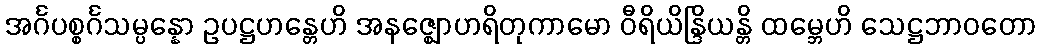
အင်္ဂပစ္စင်္ဂသမ္ပန္နော ဥပဋ္ဌဟန္တေဟိ အနဇ္ဈောဟရိတုကာမော ဝီရိယိန္ဒြိယန္တိ ထမ္ဘေဟိ သေဋ္ဌဘာဝတော